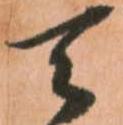
天